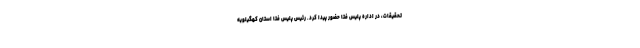
تحقیقات، در اداره پلیس فتا حضور پیدا کرد. رئیس پلیس فتا استان کهگیلویه